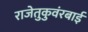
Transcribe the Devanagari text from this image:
राजेतुकुवंरबाई